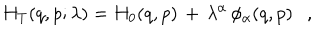
H _ { T } ( q , p ; \lambda ) = H _ { 0 } ( q , p ) \, + \, \lambda ^ { \alpha } \, \phi _ { \alpha } ( q , p ) \ \ \ ,